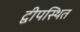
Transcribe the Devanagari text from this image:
द्वीपस्थित